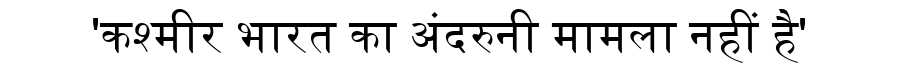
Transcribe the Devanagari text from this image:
'कश्मीर भारत का अंदरुनी मामला नहीं है'